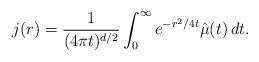
LaTeX: \begin{align*}j(r)=\frac{1}{(4\pi t)^{d/2}}\int_0^\infty e^{-r^2/4t}\hat\mu(t)\,dt.\end{align*}